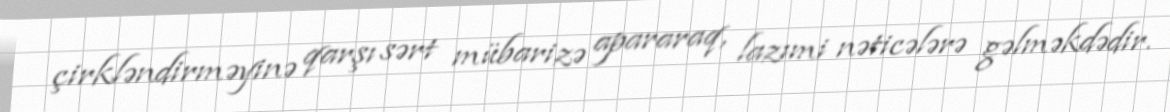
çirkləndirməyinə qarşı sərt mübarizə apararaq, lazımi nəticələrə gəlməkdədir.